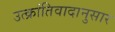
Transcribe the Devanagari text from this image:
उत्क्रांतिवादानुसार